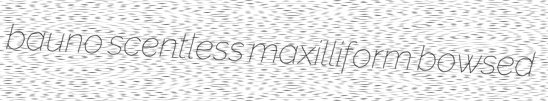
bauno scentless maxilliform bowsed